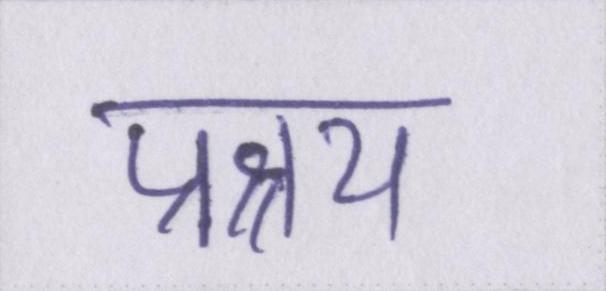
प्रश्रय